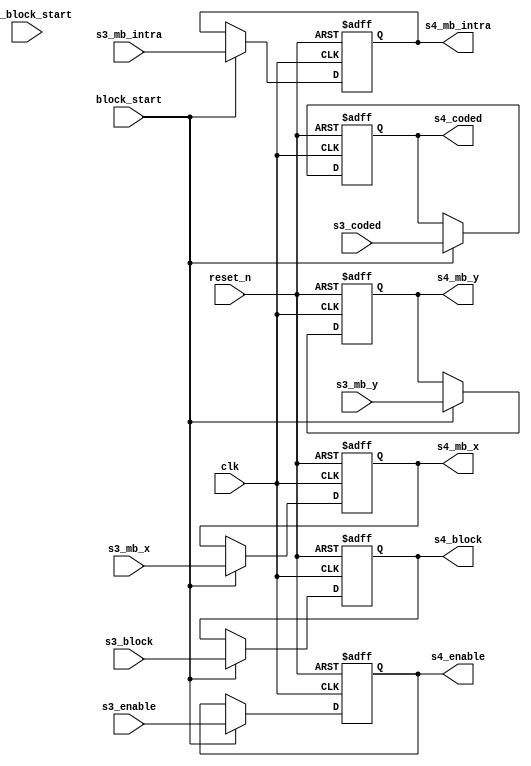
module m2vside4 #(
	parameter
	MBX_WIDTH = 6,
	MBY_WIDTH = 5
) (
	// common
	input        clk,
	input        reset_n,

	// from m2vside4
	input [(MBX_WIDTH-1):0] s3_mb_x,
	input [(MBY_WIDTH-1):0] s3_mb_y,
	input        s3_mb_intra,
	input  [2:0] s3_block,
	input        s3_coded,
	input        s3_enable,

	// from m2vctrl
	input        pre_block_start,
	input        block_start,

	// to m2vmc
	output [(MBX_WIDTH-1):0] s4_mb_x,
	output [(MBY_WIDTH-1):0] s4_mb_y,
	output       s4_mb_intra,
	output [2:0] s4_block,
	output       s4_coded,
	output       s4_enable
);

//--------------------------------------------------------------------------------
// Stage 4 (Latched by block_start pules)
//
reg [(MBX_WIDTH-1):0] s4_mb_x_r;
reg [(MBY_WIDTH-1):0] s4_mb_y_r;
reg       s4_mb_intra_r;
reg [2:0] s4_block_r;
reg       s4_coded_r;
reg       s4_enable_r;

// {{{
always @(posedge clk or negedge reset_n)
	if(~reset_n) begin
		s4_mb_x_r      <= 0;
		s4_mb_y_r      <= 0;
		s4_mb_intra_r  <= 1'b0;
		s4_block_r     <= 3'd0;
		s4_coded_r     <= 1'b0;
		s4_enable_r    <= 1'b0;
	end else if(block_start) begin
		s4_mb_x_r      <= s3_mb_x;
		s4_mb_y_r      <= s3_mb_y;
		s4_mb_intra_r  <= s3_mb_intra;
		s4_block_r     <= s3_block;
		s4_coded_r     <= s3_coded;
		s4_enable_r    <= s3_enable;
	end

assign s4_mb_x = s4_mb_x_r;
assign s4_mb_y = s4_mb_y_r;
assign s4_mb_intra = s4_mb_intra_r;
assign s4_block = s4_block_r;
assign s4_coded = s4_coded_r;
assign s4_enable = s4_enable_r;
// }}}

endmodule